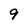
Character: 9